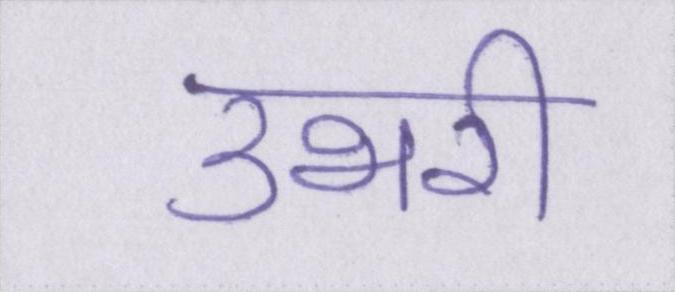
उभरी